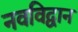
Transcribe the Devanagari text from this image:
नवविद्वान